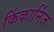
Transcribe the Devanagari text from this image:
किंकार्निज